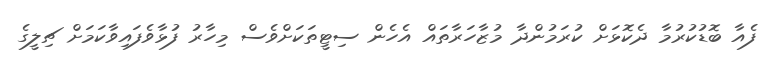
ފެއާ ބޮޑުކުރުމާ ދެކޮޅަށް ކުރަމުންދާ މުޒާހަރާތައް އެހެން ސިޓީތަކަށްވެސް މިހާރު ފުޅާވެފައިވާކަމަށް ޗިލީގެ